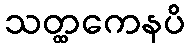
သတ္ထကေနပိ